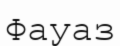
Фауаз